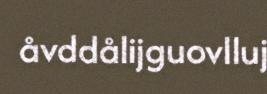
åvddålijguovlluj